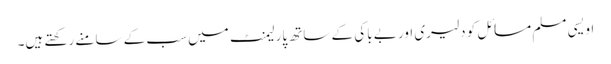
اویسی مسلم مسائل کو دلیری اور بے باکی کے ساتھ پارلیمنٹ میں سب کے سامنے رکھتے ہیں۔